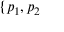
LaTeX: \{ p _ { 1 } , p _ { 2 }